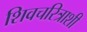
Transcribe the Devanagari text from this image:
शिवचरित्राशी